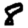
Digit: 8